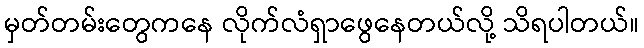
မှတ်တမ်းတွေကနေ လိုက်လံရှာဖွေနေတယ်လို့ သိရပါတယ်။